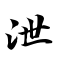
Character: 泄